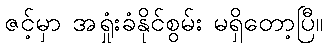
ဇင့်မှာ အရှုံးခံနိုင်စွမ်း မရှိတော့ပြီ။